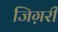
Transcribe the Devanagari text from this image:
जिग़री